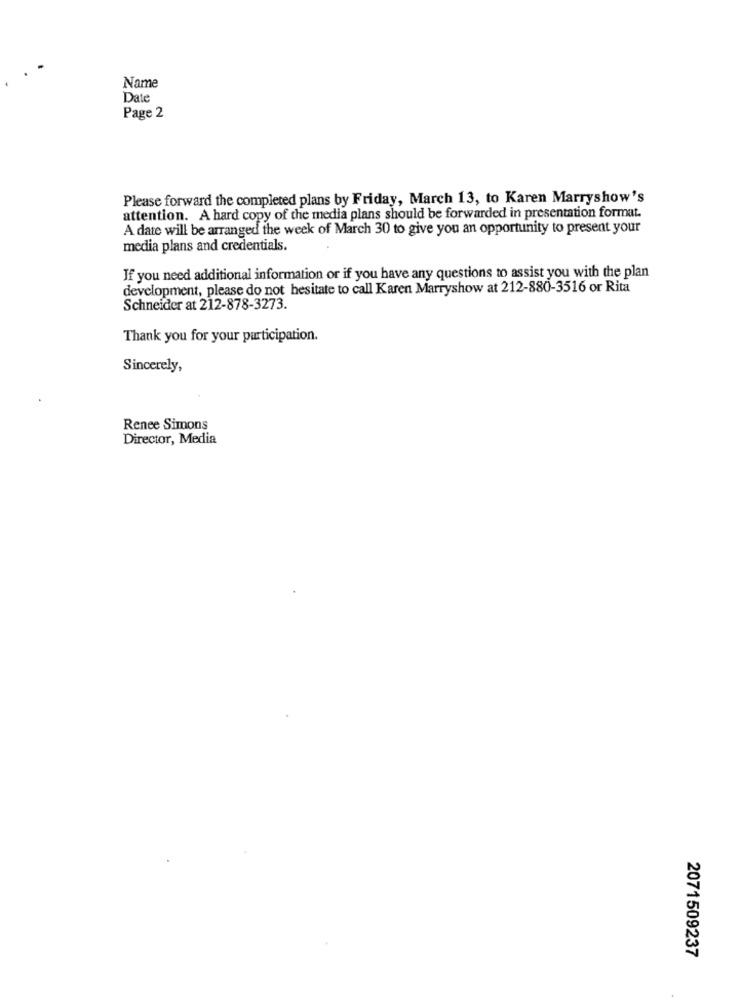
Name
Date
Page 2
Please forward the completed plans by Friday, March 13, to Karen Marryshow's
attention. A hard copy of the media plans should be forwarded in presentation format.
A date will be arranged the week of March 30 to give you an opportunity to present your
media plans and credentials.
If you need additional information or if you have any questions to assist you with the plan
development, please do not hesitate to call Karen Marryshow at 212-880-3516 or Rita
Schneider at 212-878-3273.
Thank you for your participation.
Sincerely,
Renee Simons
Director, Media
2071509237